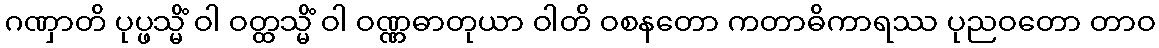
ဂဏှာတိ ပုပ္ဖသ္မိံ ဝါ ဝတ္ထသ္မိံ ဝါ ဝဏ္ဏဓာတုယာ ဝါတိ ဝစနတော ကတာဓိကာရဿ ပုညဝတော တာဝ